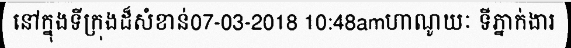
នៅក្នុងទីក្រុងដ៏សំខាន់07-03-2018 10:48amហាណូយៈ ទីភ្នាក់ងារ